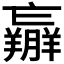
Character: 𦏝